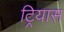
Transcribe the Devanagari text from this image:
ट्रियास